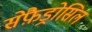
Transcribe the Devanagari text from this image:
सेफ़ैड्रोसिल